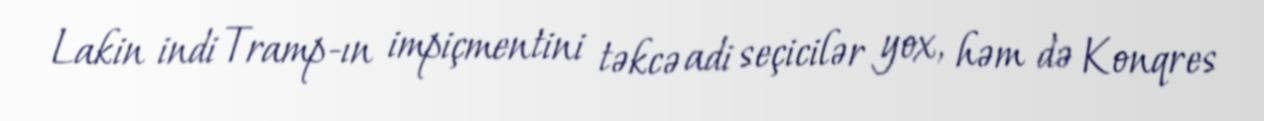
Lakin indi Tramp-ın impiçmentini təkcə adi seçicilər yox, həm də Konqres